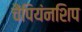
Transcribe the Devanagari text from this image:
चैंपियंनशिप